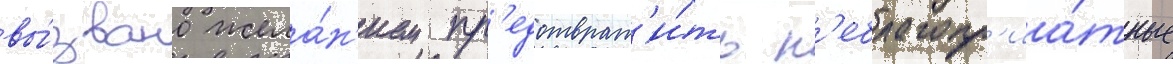
вы́звано жела́н'ием пр'едотврат'и́ть н'еблагопр'иа́тные